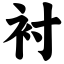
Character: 衬